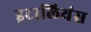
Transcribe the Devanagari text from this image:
इटालियंस